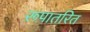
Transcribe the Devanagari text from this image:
रूपातरित